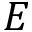
E